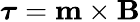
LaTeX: {\boldsymbol{\tau}}=\mathbf{m}\times\mathbf{B}